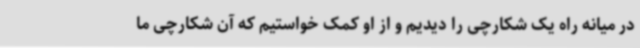
در میانه راه یک شکارچی را دیدیم و از او کمک خواستیم که آن شکارچی ما